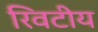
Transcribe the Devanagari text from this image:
रिवटीय